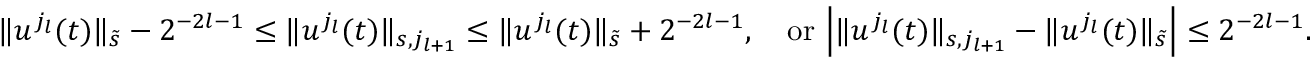
\begin{array} { r } { \| u ^ { j _ { l } } ( t ) \| _ { \tilde { s } } - 2 ^ { - 2 l - 1 } \leq \| u ^ { j _ { l } } ( t ) \| _ { s , j _ { l + 1 } } \leq \| u ^ { j _ { l } } ( t ) \| _ { \tilde { s } } + 2 ^ { - 2 l - 1 } , \quad \mathrm { o r ~ } \Big | \| u ^ { j _ { l } } ( t ) \| _ { s , j _ { l + 1 } } - \| u ^ { j _ { l } } ( t ) \| _ { \tilde { s } } \Big | \leq 2 ^ { - 2 l - 1 } . } \end{array}